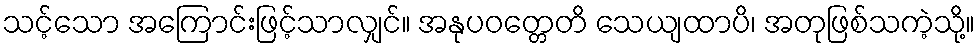
သင့်သော အကြောင်းဖြင့်သာလျှင်။ အနုပဝတ္တေတိ သေယျထာပိ၊ အတုဖြစ်သကဲ့သို့။